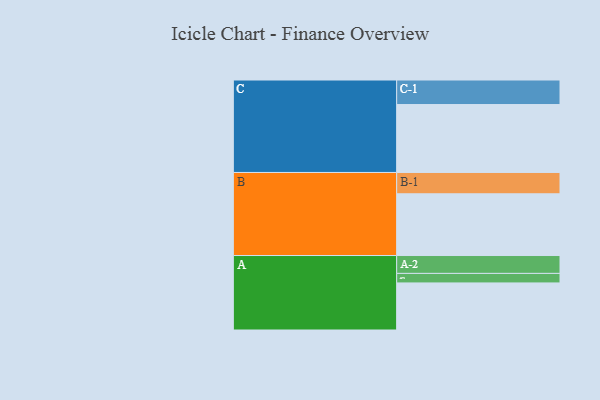
{"axis": {"x": "Segment", "y": "Value"}, "legend": ["", "A", "B", "C"], "data": [{"x": "A", "y": 395, "type": ""}, {"x": "B", "y": 518, "type": ""}, {"x": "C", "y": 570, "type": ""}, {"x": "A-1", "y": 80, "type": "A"}, {"x": "A-2", "y": 150, "type": "A"}, {"x": "B-1", "y": 179, "type": "B"}, {"x": "C-1", "y": 206, "type": "C"}]}